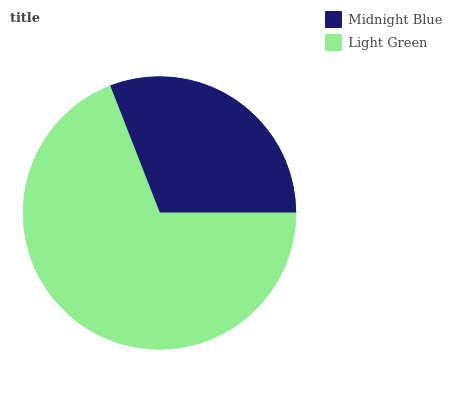
| Midnight Blue | Light Green |
 | --- | --- |
 | 30.9% | 69.1% |